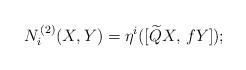
LaTeX: \begin{align*} N^{\,(2)}_i(X,Y) =\eta^i([\widetilde{Q} X,\,{f} Y]);\end{align*}